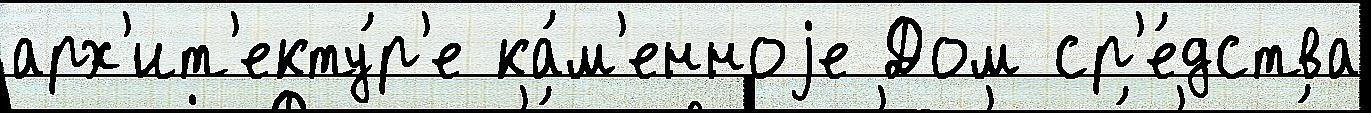
арх'ит'екту́р'е ка́м'енноjе Дом ср'е́дства